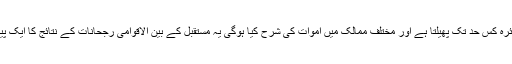
اس بیماری کا دائرہ کس حد تک پھیلتا ہے اور مختلف ممالک میں اموات کی شرح کیا ہوگی یہ مستقبل کے بین الاقوامی رجحانات کے نتائج کا ایک پیمانہ ہوسکتا ہے۔